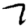
Digit: 7